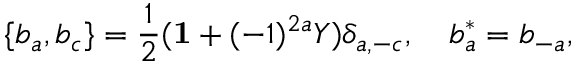
\{ b _ { a } , b _ { c } \} = \frac { 1 } { 2 } ( { \bf 1 } + ( - 1 ) ^ { 2 a } Y ) \delta _ { a , - c } , \quad b _ { a } ^ { * } = b _ { - a } ,